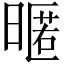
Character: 暱